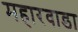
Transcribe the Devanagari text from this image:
महारवाडा